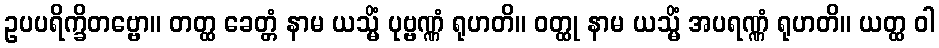
ဥပပရိက္ခိတဗ္ဗော။ တတ္ထ ခေတ္တံ နာမ ယသ္မိံ ပုဗ္ဗဏ္ဏံ ရုဟတိ။ ဝတ္ထု နာမ ယသ္မိံ အပရဏ္ဏံ ရုဟတိ။ ယတ္ထ ဝါ